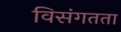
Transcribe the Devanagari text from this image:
विसंगतता